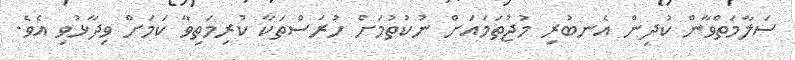
ސަލާމަތްވާން ކުދިން އެނބުރި މުޖުތަމައަށް ނުކުތުމަށް ހުރަސްތަކާ ކުރިމަތިވާ ކަމަށް ވިދާޅުވި އެވެ.